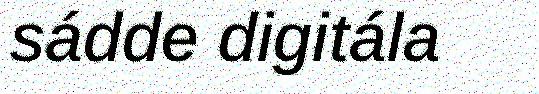
sádde digitála